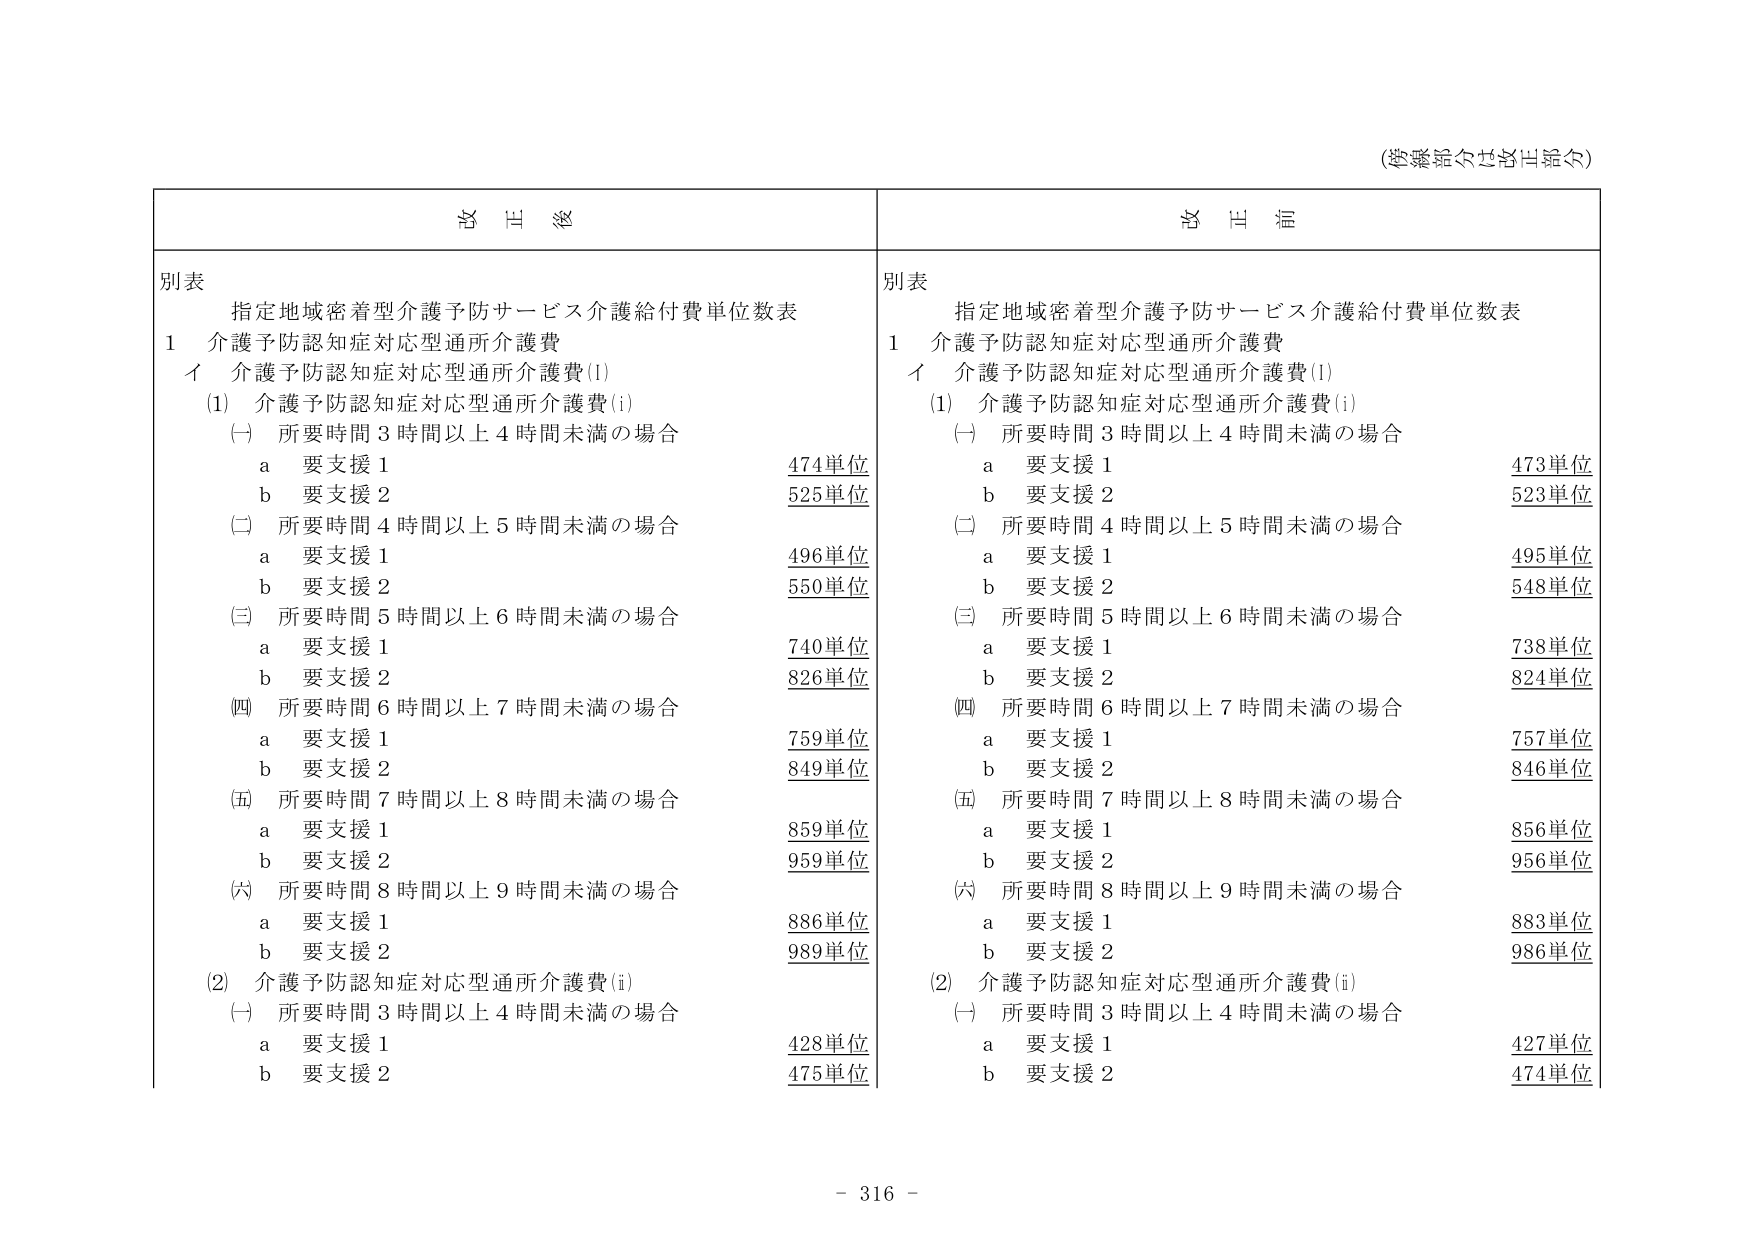
(参考記載分は省略)

別表
指定地域密着型介護予防サービス介護給付費単位数表
1 介護予防認知症対応型通所介護費
イ 介護予防認知症対応型通所介護費(i)
(1) 介護予防認知症対応型通所介護費(i)
(一) 所要時間3時間以上4時間未満の場合
　a 要支援1 474単位
　b 要支援2 525単位
(二) 所要時間4時間以上5時間未満の場合
　a 要支援1 496単位
　b 要支援2 550単位
(三) 所要時間5時間以上6時間未満の場合
　a 要支援1 740単位
　b 要支援2 826単位
(四) 所要時間6時間以上7時間未満の場合
　a 要支援1 759単位
　b 要支援2 849単位
(五) 所要時間7時間以上8時間未満の場合
　a 要支援1 859単位
　b 要支援2 959単位
(六) 所要時間8時間以上9時間未満の場合
　a 要支援1 886単位
　b 要支援2 989単位
(2) 介護予防認知症対応型通所介護費(ii)
(一) 所要時間3時間以上4時間未満の場合
　a 要支援1 428単位
　b 要支援2 475単位

別表
指定地域密着型介護予防サービス介護給付費単位数表
1 介護予防認知症対応型通所介護費
イ 介護予防認知症対応型通所介護費(i)
(1) 介護予防認知症対応型通所介護費(i)
(一) 所要時間3時間以上4時間未満の場合
　a 要支援1 473単位
　b 要支援2 523単位
(二) 所要時間4時間以上5時間未満の場合
　a 要支援1 495単位
　b 要支援2 548単位
(三) 所要時間5時間以上6時間未満の場合
　a 要支援1 738単位
　b 要支援2 824単位
(四) 所要時間6時間以上7時間未満の場合
　a 要支援1 757単位
　b 要支援2 846単位
(五) 所要時間7時間以上8時間未満の場合
　a 要支援1 856単位
　b 要支援2 956単位
(六) 所要時間8時間以上9時間未満の場合
　a 要支援1 883単位
　b 要支援2 986単位
(2) 介護予防認知症対応型通所介護費(ii)
(一) 所要時間3時間以上4時間未満の場合
　a 要支援1 427単位
　b 要支援2 474単位

- 316 -